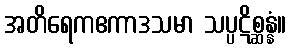
အတိရေကဧကာဒသမာ သပ္ပဋိစ္ဆန္နံ။